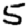
Digit: 5